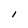
Character: I